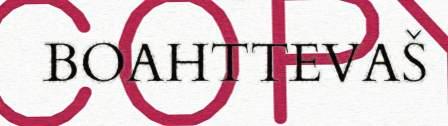
BOAHTTEVAŠ